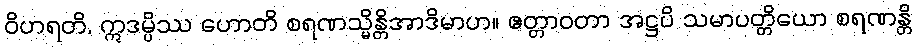
ဝိဟရတိ, ဣဒမ္ပိဿ ဟောတိ စရဏသ္မိန္တိအာဒိမာဟ။ ဧတ္တာဝတာ အဋ္ဌပိ သမာပတ္တိယော စရဏန္တိ